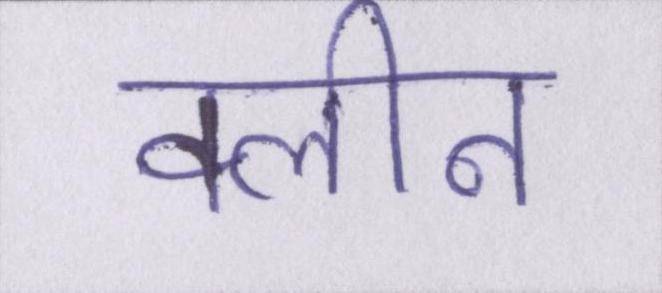
क्लीन